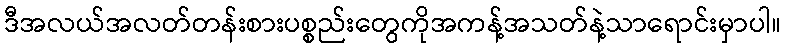
ဒီအလယ်အလတ်တန်းစားပစ္စည်းတွေကိုအကန့်အသတ်နဲ့သာရောင်းမှာပါ။